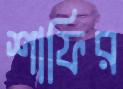
শাফির